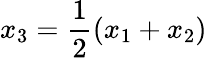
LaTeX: x_{3}={\frac{1}{2}}(x_{1}+x_{2})